Mental hospitals Bombay report 1921-28 - 1921-1928
Year: 1921
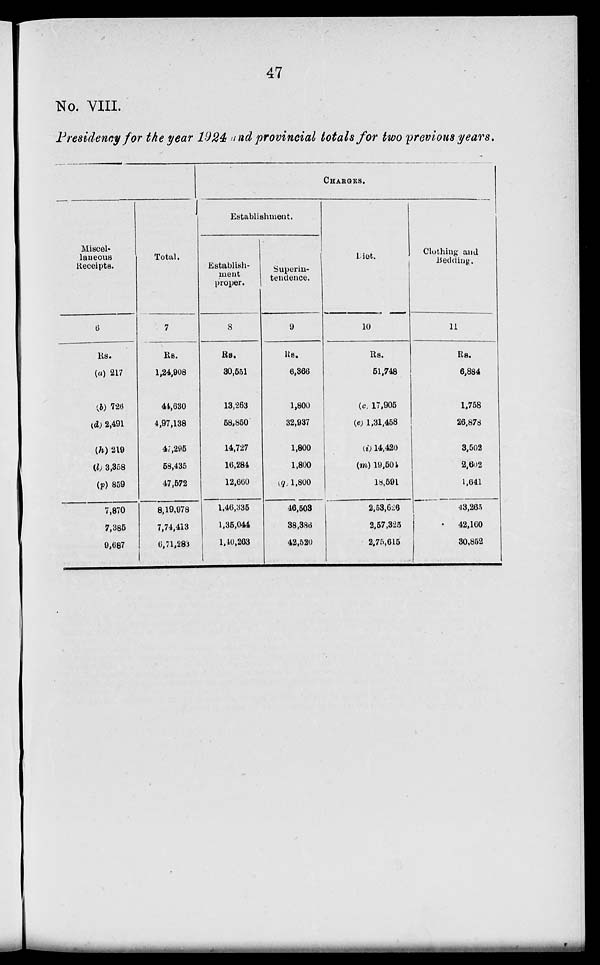
47
No. VIII.
Presidency for the year 1924 and provincial totals for two previous years.
Miscel-
laneous
Receipts.
6
Rs.
(a) 217
(b) 726
(d) 2,491
(h) 219
(l) 3,358
(p) 859
7,870
7,385
9,687
Total.
7
Rs.
1,24,908
44,630
4,97,138
47,295
58,435
47,572
8,19,978
7,74,413
6,71,283
CHARGES.
Establishment.
Establish-
ment
proper.
8
Rs.
30,551
13,263
58,850
14,727
16,284
12,660
1,46,335
1,35,044
1,40,263
Superin-
tendence.
9
Rs.
6,366
1,800
32,937
1,800
1,800
(q) 1,800
46,503
38,386
42,520
Liet.
10
Rs.
51,748
(c) 17,905
(e) 1,31,458
(i) 14,420
(m) 19,504
18,591
2,53,626
2,57,325
2,75,615
Clothing and
Beeding.
11
Rs.
6,884
1,758
26,878
3,502
2,602
1,641
43,265
42,160
30,852